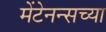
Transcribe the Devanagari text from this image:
मेंटेनन्सच्या